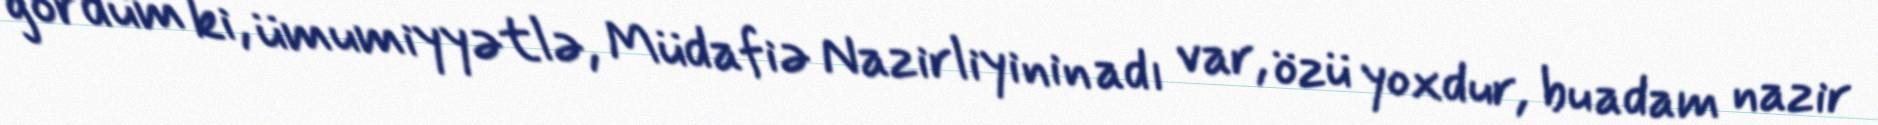
gördüm ki, ümumiyyətlə, Müdafiə Nazirliyinin adı var, özü yoxdur, bu adam nazir